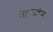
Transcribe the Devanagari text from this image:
लान्सहेड